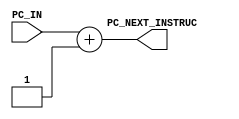
`timescale 1ns / 1ps
//////////////////////////////////////////////////////////////////////////////////
// Company: 
// Engineer: 
// 
// Design Name: 
// Module Name: IM
// Project Name: 
// Target Devices: 
// Tool Versions: 
// Description: 
// 
// Dependencies: 
// 
// Revision:
// Revision 0.01 - File Created
// Additional Comments:
// 
//////////////////////////////////////////////////////////////////////////////////

/**Incrementer Module*/
module IM(
    input wire [31:0] PC_IN,
    output wire [31:0] PC_NEXT_INSTRUC
    );
    
    assign PC_NEXT_INSTRUC = PC_IN + 1;    /*add 1 to PC_IN*/
    
endmodule